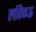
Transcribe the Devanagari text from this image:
लरिकऊ